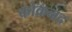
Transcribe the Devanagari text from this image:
कोकनद